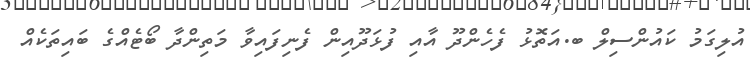
އުލިގަމު ކައުންސިލް ބ.އަތޮޅު ފެހެންދޫ އާއި ފުޅަދޫއިން ފެނިފައިވާ މަތިންދާ ބޯޓެއްގެ ބައިތަކެއް